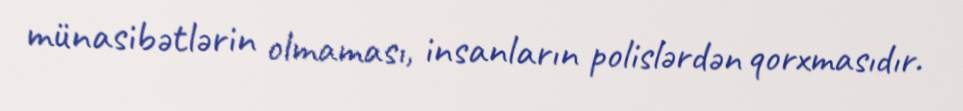
münasibətlərin olmaması, insanların polislərdən qorxmasıdır.